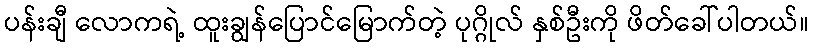
ပန်းချီ လောကရဲ့ ထူးချွန်ပြောင်မြောက်တဲ့ ပုဂ္ဂိုလ် နှစ်ဦးကို ဖိတ်ခေါ်ပါတယ်။